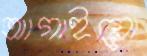
আগাইয়ো